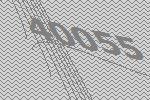
40055